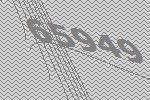
65949